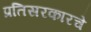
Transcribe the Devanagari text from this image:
प्रतिसरकारचे